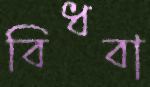
বিধবা